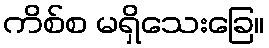
ကိစ်စ မရှိသေးခြေ။